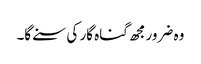
وہ ضرورمجھ گناہ گار کی سنے گا۔